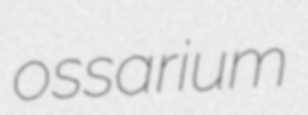
ossarium